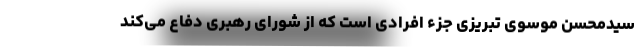
سیدمحسن موسوی تبریزی جزء افرادی است که از شورای رهبری دفاع می‌کند